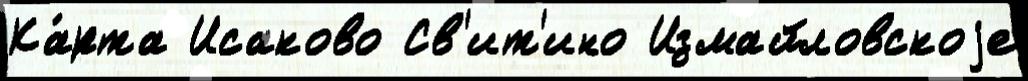
Ка́рта Исаково Св'ит'ино Измайловскоjе